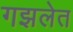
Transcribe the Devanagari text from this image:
गझलेत